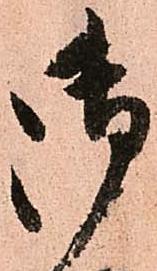
御